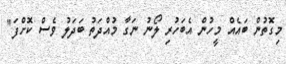
މިގޮތުން ބައެއް މީހުން އެބަހުރި ލޯނު ނަގާ މުއްދަތު ބަދަލު ވެސް ކޮށްފަ"